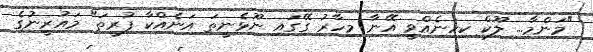
"މަންމާ... ލޫކް ކިހިނެއްވީ އޭނާ މިހާރު ގޭގައި ނޫޅެނީތަ އަނެއްކާ ފުރީތަ" މައުރީނުގެ